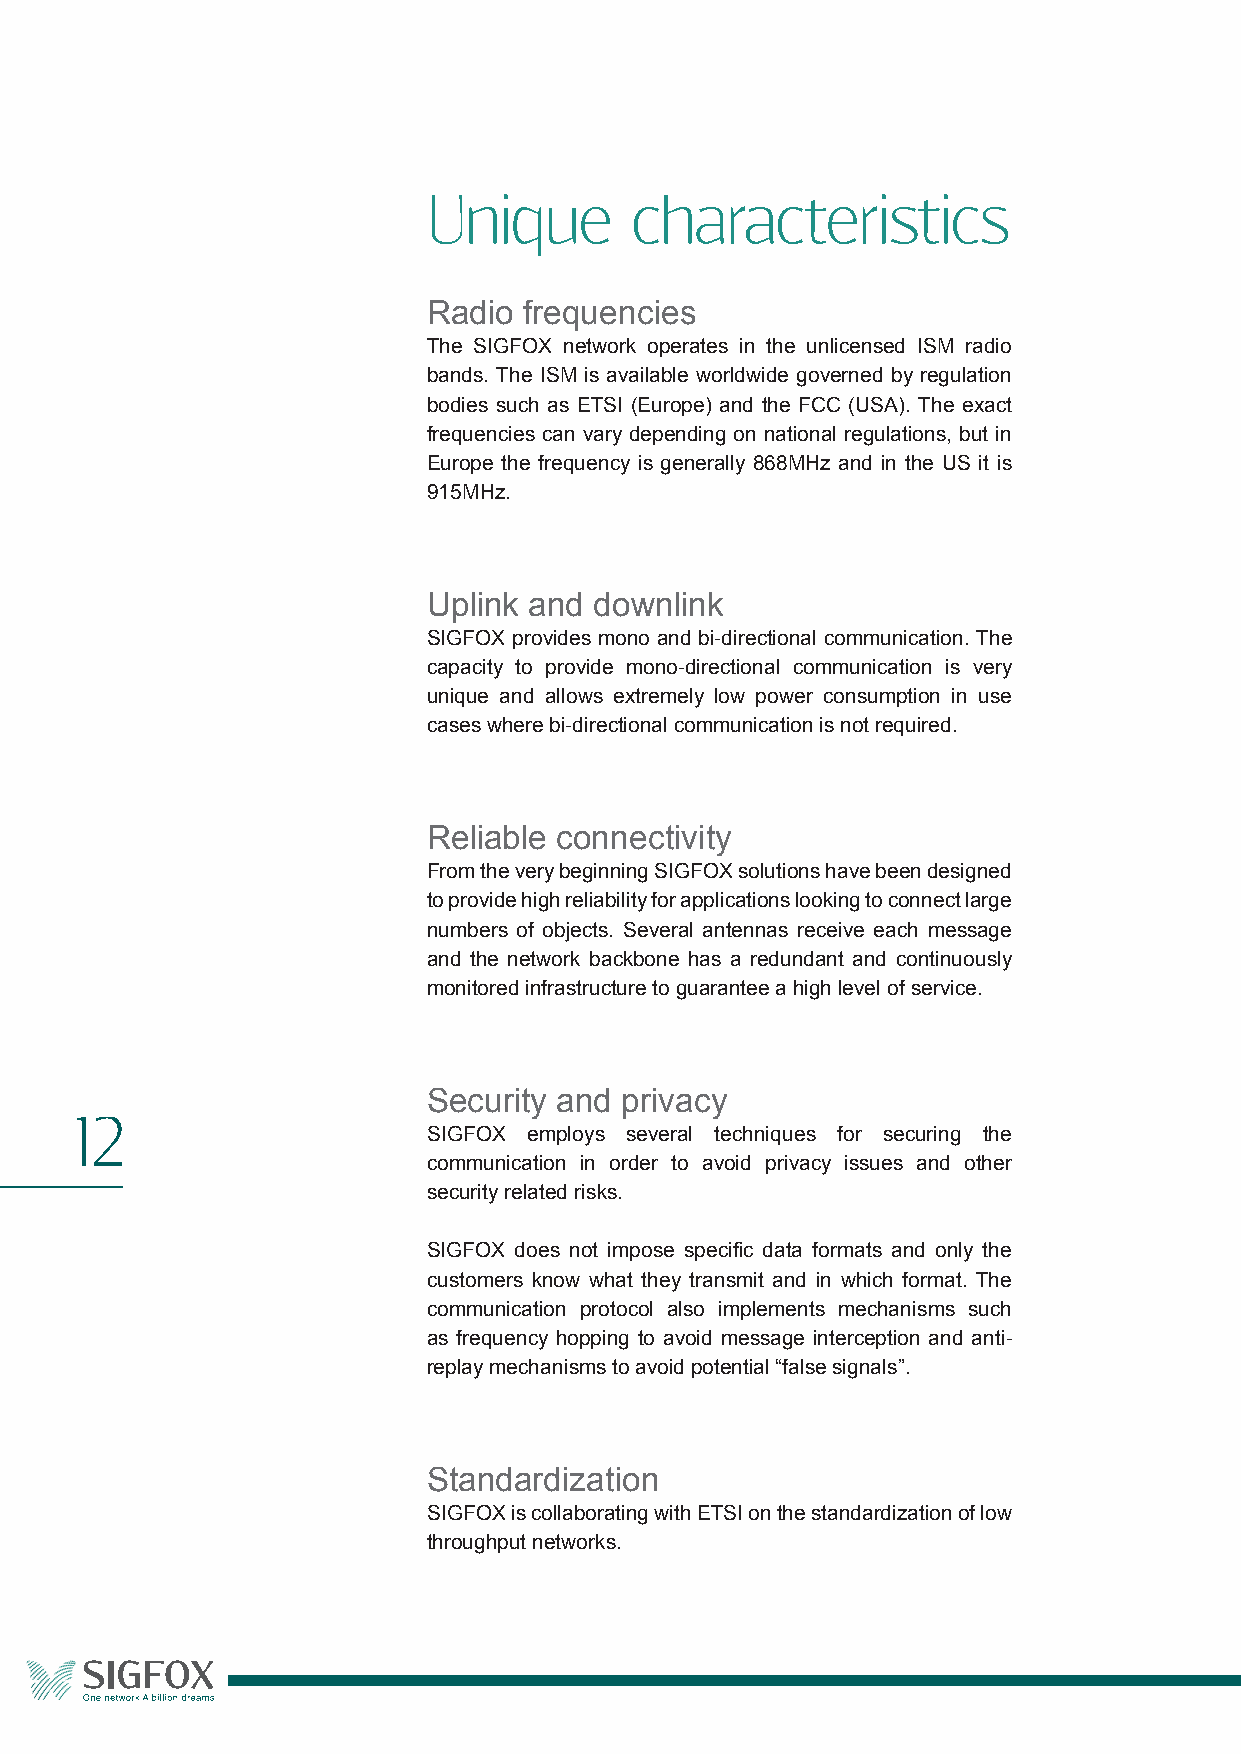
Unique        characteristics
 Radio  frequencies
 The SIGFOX network operates in the unlicensed ISM radio
 bands. The ISM is available worldwide governed by regulation
 bodies such as ETSI (Europe) and the FCC (USA). The exact
 frequencies can vary depending on national regulations, but in
 Europe the frequency is generally 868MHz and in the US it is
 915MHz.
 Uplink and downlink
 SIGFOX provides mono and bi-directional communication. The
 capacity to provide mono-directional communication is very
 unique and allows extremely low power consumption in use
 cases where bi-directional communication is not required.
 Reliable connectivity
 From the very beginning SIGFOX solutions have been designed
 to provide high reliability for applications looking to connect large
 numbers of objects. Several antennas receive each message
 and the network backbone has a redundant and continuously
 monitored infrastructure to guarantee a high level of service.
 Security and privacy
 12
 SIGFOX employs several techniques for securing the
 communication in order to avoid privacy issues and other
 security related risks.
 SIGFOX does not impose specific data formats and only the
 customers know what they transmit and in which format. The
 communication protocol also implements mechanisms such
 as frequency hopping to avoid message interception and anti-
 replay mechanisms to avoid potential “false signals”.
 Standardization
 SIGFOX is collaborating with ETSI on the standardization of low
 throughput networks.